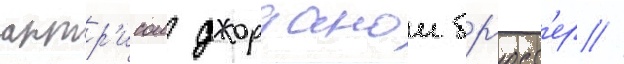
актр'исои джорданои бр'юст'ер //